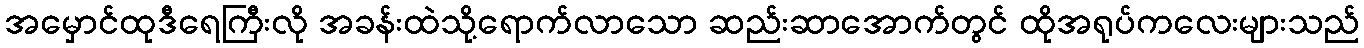
အမှောင်ထုဒီရေကြီးလို အခန်းထဲသို့ရောက်လာသော ဆည်းဆာအောက်တွင် ထိုအရုပ်ကလေးများသည်